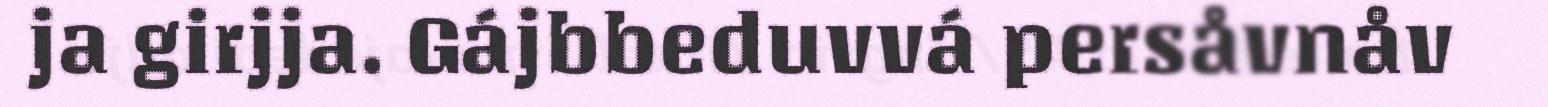
ja girjja. Gájbbeduvvá persåvnåv